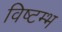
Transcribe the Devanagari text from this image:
विष्टम्भ